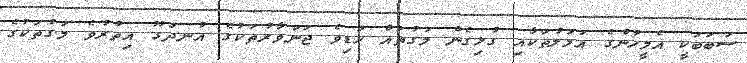
ސަބަބަކީ އެމީހުންގެ އަމަލުތަކާއި ގުޅިގެން މަގުތައް ހަޑިވެ ޖަނަވާރުތަކުގެ އުނދަގޫ އިތުރުވެ މަގުތަކުގެ